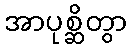
အာပုစ္ဆိတွာ